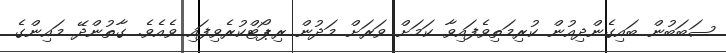
ސަބަބުން ބައިގެންދިއުން ކުރިމަތިވެފައިވާ ކަމަށް ވަރަށް މަދުން ރިޕޯޓްކުރެވިފައި ވެއެވެ. ގާތުންދޭ މައިންގެ